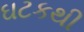
ઘટકથી